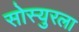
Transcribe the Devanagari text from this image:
सोस्युरला